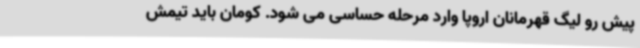
پیش رو لیگ قهرمانان اروپا وارد مرحله حساسی می شود. کومان باید تیمش